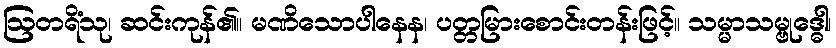
ဩတရိံသု၊ ဆင်းကုန်၏။ မဏိသောပါနေန၊ ပတ္တမြားစောင်းတန်းဖြင့်။ သမ္မာသမ္ဗုဒ္ဓေါ၊